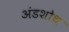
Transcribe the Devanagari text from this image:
अंडशोथ